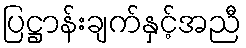
ပြဋ္ဌာန်းချက်နှင့်အညီ